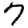
Digit: 7